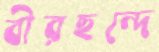
বীরছন্দে